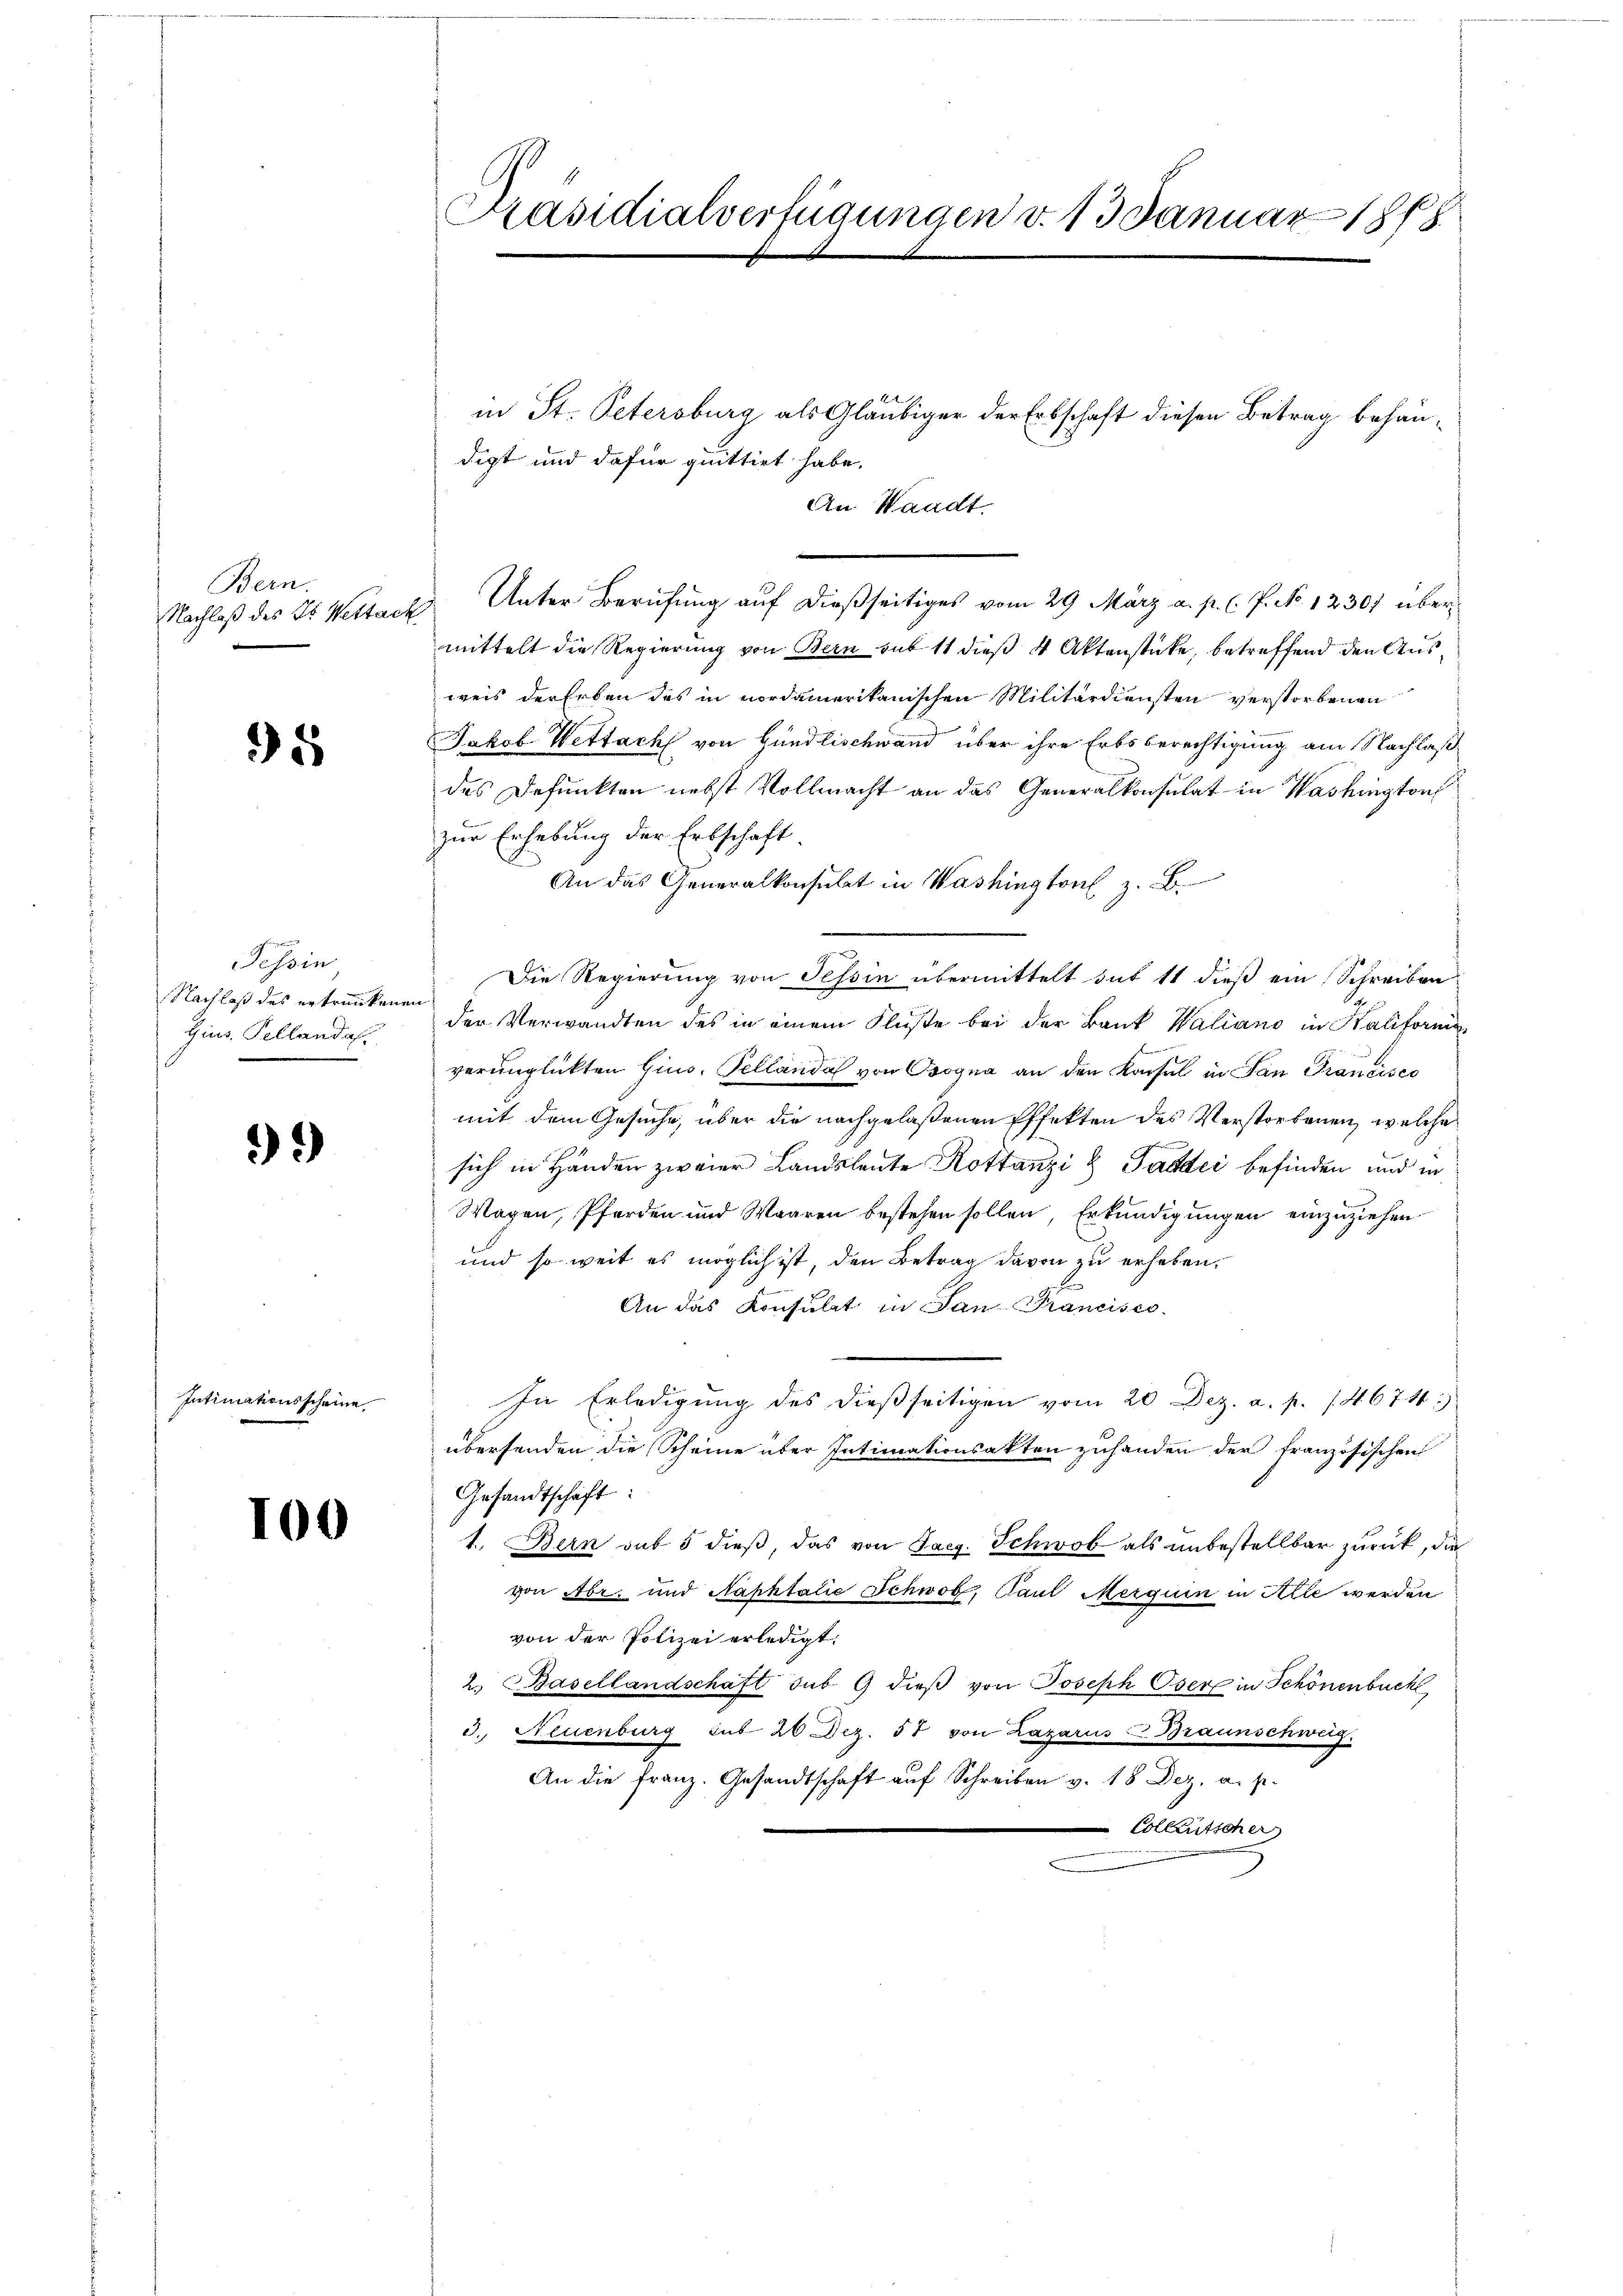
Bern.
Nachlaß des St. Wettack

95

Tessin
Nachlaß des ertrunkenen
Gins. Pellandas

99

Intimationsscheine

100

Präsidialverfügungen v. 13 Januar 1878
e

in St. Petersburg als Gläubiger der Erbschaft diesen Betrag behaudigt und dafür quittirt habe.

An Waadt.

Unter Berufung auf dießseitiges vom 29 März a. p. C. P. No 12307 übermittelt die Regierung von Bern sub 11 dieß 4 Aktenstücke, betreffend den Ausweis der Erben des in vordamerikanischen Militärdiensten verstorbenen
Jakob Wettach von Gündlischwand über ihre Erbsberechtigung am Nachlaßdes Defunkten nebst Vollmacht an das Generalkonsulat in Washington
zur Erhebung der Erbschaft
An das Generalkonsulat in Washington z. B.
Die Regierung von Tessin übermittelt sub 11 dieß ein Schreiben
der Verwandten des in einem Flüste bei der Baut Waliano in Kaliform
verunglückten Gius, Sellandal von Osogna an den Konsul in San Francisco
mit dem Gesuche, über die nachgelaßenen Effekten des Verstorbenen, welche
sich in Händen zweier Landsleute Rottanzi & Paddei befinden und in
Wagen, Pferden und Waaren bestehen sollen, Erkundigungen einzuziehen
und so weit es möglich ist, den Betrag davon zu erheben.
An das Konsulat in San Francisco
In Erledigŭng des dieβ seitigen vom 20 Dez. a. p. 14674)
übersenden die Scheine über Intimationsakten zuhanden der französischen
Gesandtschaft
1. Bern sub 5 dieß, das von Laeg. Schwob als unbestellbar zurück, die
von Abe- und Naphtalie Schwob, Paul Merquin in Alle werden
von der Polizei erledigt.
2.) Basellandschaft sub 9 dieβ von Joseph Oser in Schönenbuch
3. Neuenburg sub 20 Dez. 57 von Lazarus Braunschweig.
An die Franz. Gesandtschaft auf Schreiben v. 18 Dez. a. p.
 Collentscher